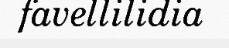
favellilidia